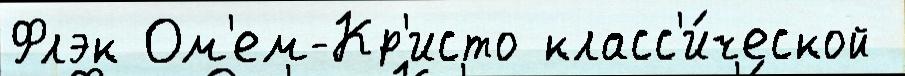
Флэк Ом'ем-Кр'исто класс'и́ческой